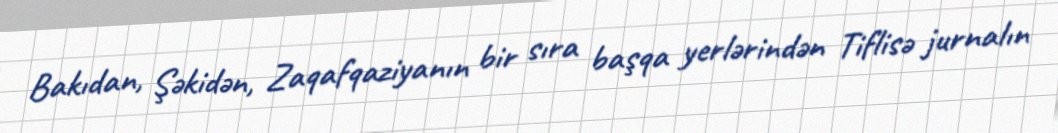
Bakıdan, Şəkidən, Zaqafqaziyanın bir sıra başqa yerlərindən Tiflisə jurnalın